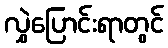
လွှဲပြောင်းရာတွင်